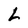
Character: L